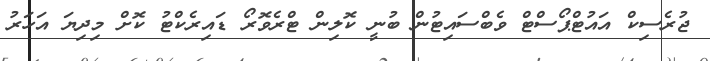
ޖުރެސިކް އައުޓްޕޯސްޓް ވެބްސައިޓުން ބުނީ ކޮލިން ޓްރެވޮރޯ ޑައިރެކްޓު ކޮށް މިދިޔަ އަހަރު